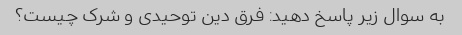
به سوال زیر پاسخ دهید: فرق دین توحیدی و شرک چیست؟